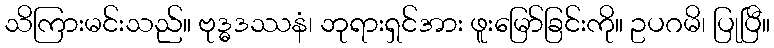
သိကြားမင်းသည်။ ဗုဒ္ဓဒဿနံ၊ ဘုရားရှင်အား ဖူးမြော်ခြင်းကို။ ဥပဂမိ၊ ပြုပြီ။